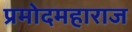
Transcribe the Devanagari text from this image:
प्रमोदमहाराज